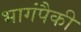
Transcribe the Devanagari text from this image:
भागंपैकी